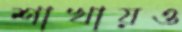
শাখায়ও